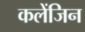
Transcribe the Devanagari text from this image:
कलेंजिन